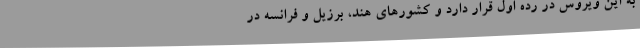
به این ویروس در رده اول قرار دارد و کشورهای هند، برزیل و فرانسه در